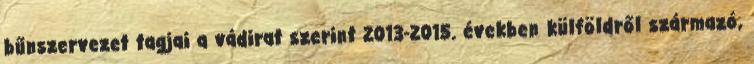
bűnszervezet tagjai a vádirat szerint 2013-2015. években külföldről származó,